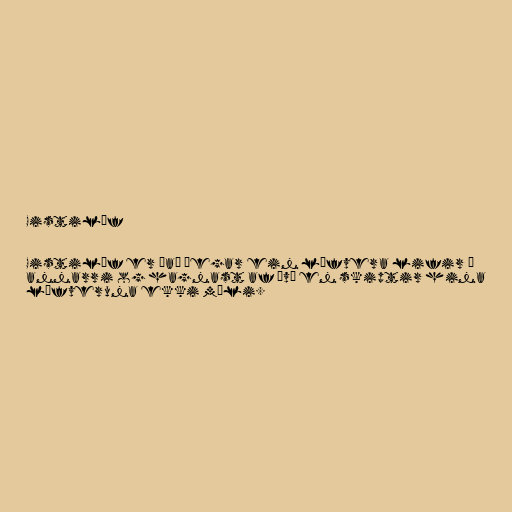
Gistilíf

Gistilíf er það þegar ein lífvera lifir á
annarri og hagnast af því en skiptir hina
lífveruna ekki máli.